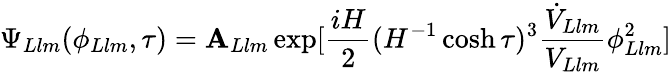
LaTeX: \Psi_{Llm}(\phi_{Llm},\tau)=\mathbf{A}_{Llm}\exp[\frac{{iH}}{{2}}(H^{-1}\cosh\tau)^{3}\frac{{\dot{{V}}_{Llm}}}{{V_{Llm}}}\phi_{Llm}^{2}]